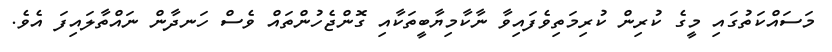
މަސައްކަތުގައި މީގެ ކުރިން ކުރިމަތިވެފައިވާ ނާކާމިޔާބީތަކާއި ގޮންޖެހުންތައް ވެސް ހަނދާން ނައްތާލައިފަ އެވެ.